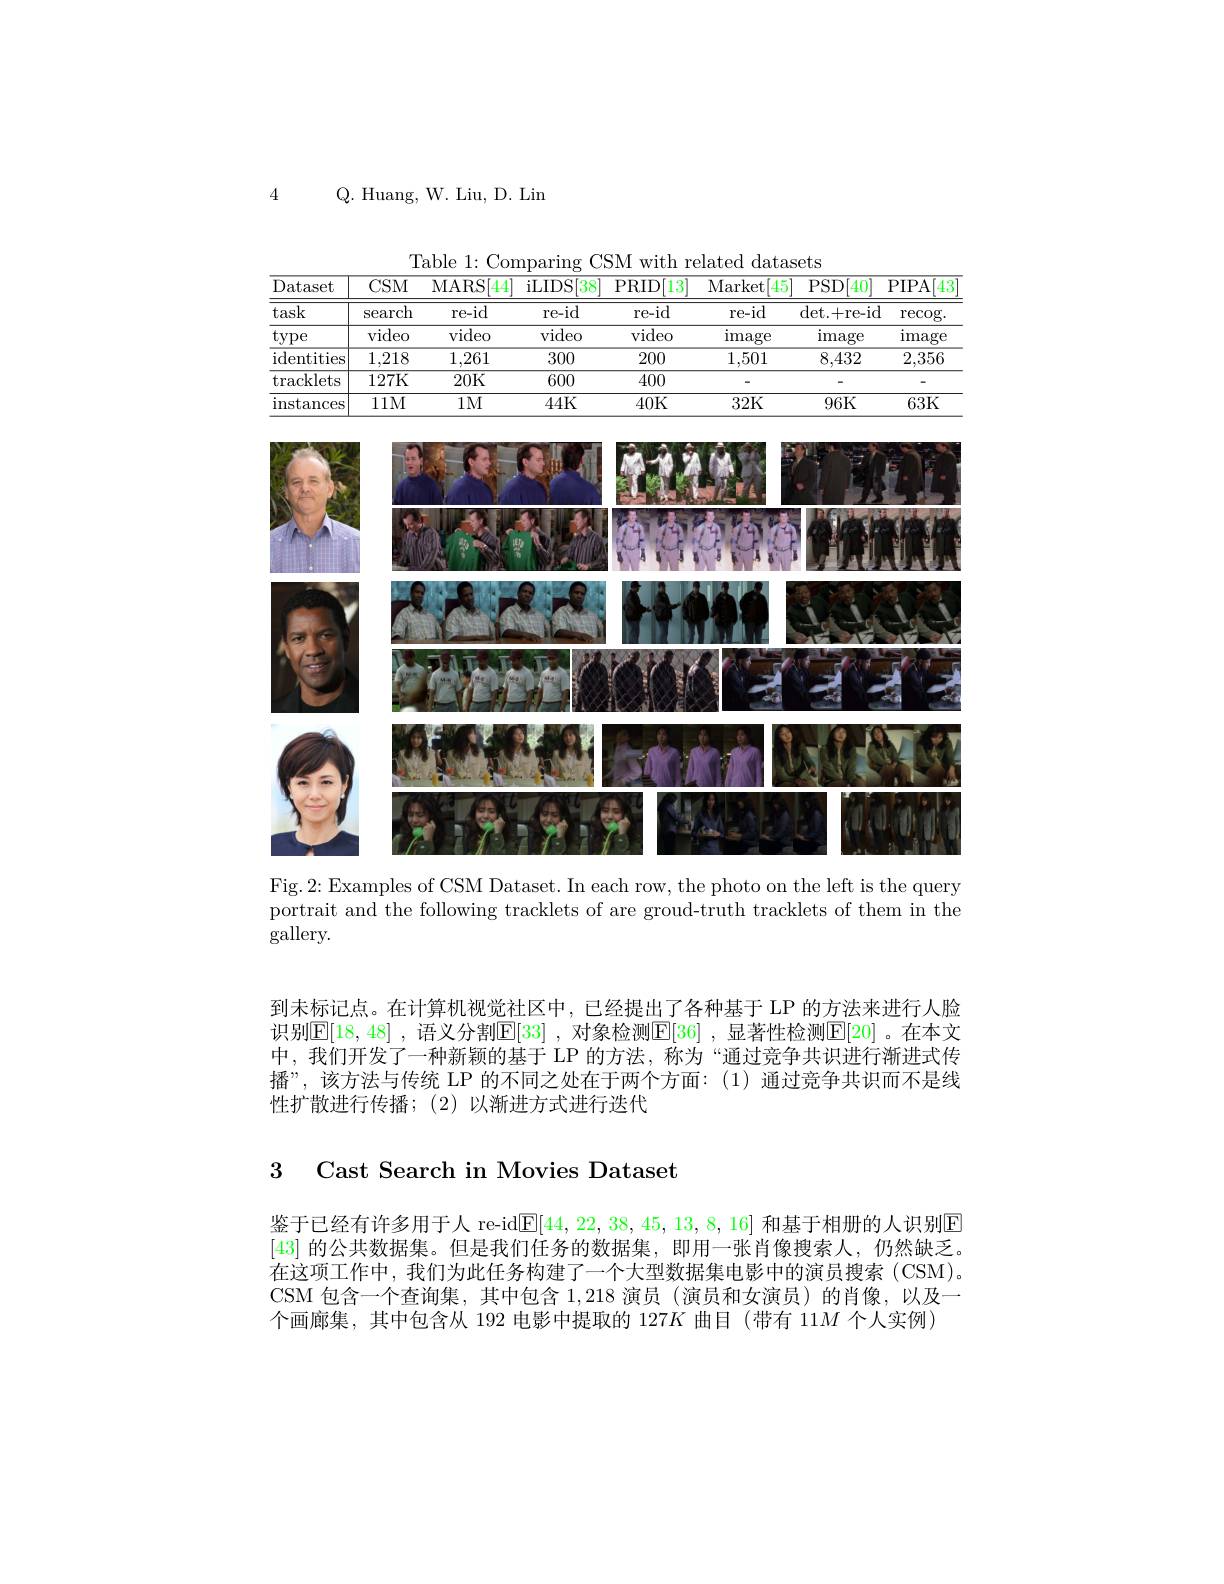
4

Q. Huang, W. Liu, D. Lin

Table 1: Comparing CSM with related datasets
<table>
	<tbody>
		<tr>
			<th>${\mathrm{ataset}}$ 1:</th>
			<th>$CSM$</th>
			<th>MARS 44</th>
			<th>iLIDS 38</th>
			<th>$13^{\prime}$ PRID[</th>
			<th>Market 45</th>
			<th>PSD[ [40]</th>
			<th>PIPA 43</th>
		</tr>
		<tr>
			<td>ask</td>
			<td>search</td>
			<td>$re-id$</td>
			<td>re-id</td>
			<td>re-id</td>
			<td>re-id</td>
			<td>det. + re- id</td>
			<td>$\operatorname{recog}.$</td>
		</tr>
		<tr>
			<td>ype</td>
			<td>video</td>
			<td>video</td>
			<td>video</td>
			<td>video</td>
			<td>image</td>
			<td>image</td>
			<td>image</td>
		</tr>
		<tr>
			<td>dentities</td>
			<td>1,218</td>
			<td>1,261</td>
			<td>300</td>
			<td>200</td>
			<td>1,501</td>
			<td>8,432</td>
			<td>2,356</td>
		</tr>
		<tr>
			<td>$\operatorname{racklets}$</td>
			<td>127K</td>
			<td>20K</td>
			<td>600</td>
			<td>400</td>
			<td> </td>
			<td> </td>
			<td> </td>
		</tr>
		<tr>
			<td>$\operatorname{nstances}$</td>
			<td>111M</td>
			<td>$1M$</td>
			<td>44K</td>
			<td>40K</td>
			<td>32K</td>
			<td>96K</td>
			<td>63K</td>
		</tr>
	</tbody>
</table>

<FigureHere>

Fig.2: Examples of CSM Dataset. In each row, the photo on the left is the query portrait and the following tracklets of are groud-truth tracklets of them in the gallery.

到未标记点。在计算机视觉社区中，已经提出了各种基于 LP 的方法来进行人脸识别$\mathbb{E}|18,48|$ ,语义分割$\mathbb{E}|33|$ ,对象检测$\mathbb{E}|36|$ ,显著性检测$\mathbb{E}|20|$ 。在本文中，我们开发了一种新颖的基于 LP 的方法，称为“通过竞争共识进行渐进式传播”,该方法与传统 LP 的不同之处在于两个方面：(1)通过竞争共识而不是线性扩散进行传播；(2)以渐进方式进行迭代

### 3 Cast Search in Movies Dataset

鉴于已经有许多用于人 re-id$\mathbb{E}[44,22,38,45,13,8,16]$和基于相册的人识别回[43]的公共数据集。但是我们任务的数据集，即用一张肖像搜索人，仍然缺乏。在这项工作中，我们为此任务构建了一个大型数据集电影中的演员搜索(CSM)。CSM 包含一个查询集，其中包含1，218演员 (演员和女演员)的肖像，以及一个画廊集，其中包含从 192 电影中提取的 127$K$曲目 (带有 11$M$个人实例)